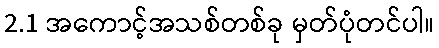
2.1 အကောင့်အသစ်တစ်ခု မှတ်ပုံတင်ပါ။